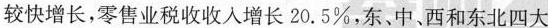
较快增长，零售业税收收入增长20.5\%，东、中、西和东北四大